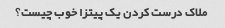
ملاک درست کردن یک پیتزا خوب چیست؟